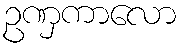
ဥဏှကာလော